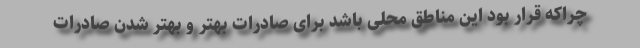
چراکه قرار بود این مناطق محلی باشد برای صادرات بهتر و بهتر شدن صادرات